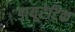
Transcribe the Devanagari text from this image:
डायूरेटिक